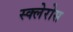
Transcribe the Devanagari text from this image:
स्क्लेरोस